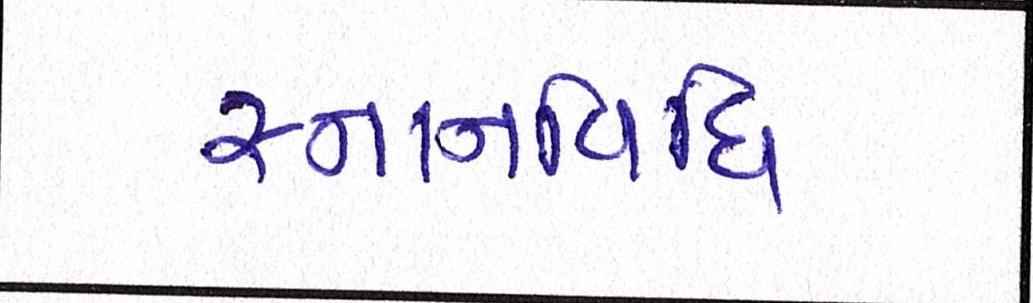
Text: સ્નાનવિધિ